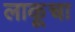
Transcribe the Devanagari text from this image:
लाकूचा